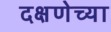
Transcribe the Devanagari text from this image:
दक्षणेच्या